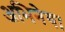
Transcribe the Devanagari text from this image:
अभिनेय।